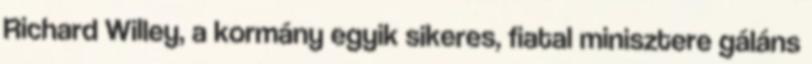
Richard Willey, a kormány egyik sikeres, fiatal minisztere gáláns